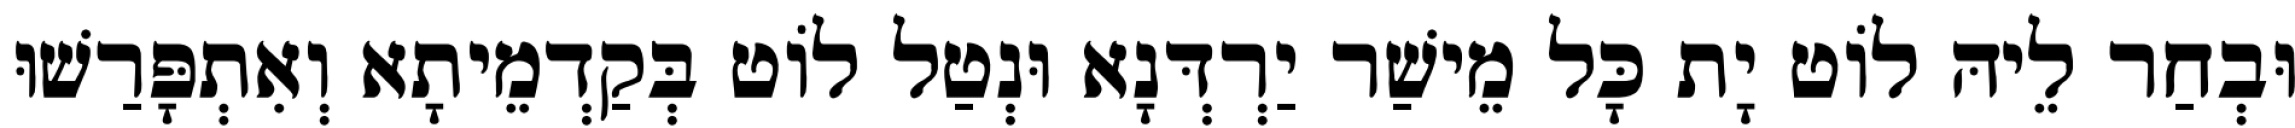
וּבְחַר לֵיהּ לוֹט יָת כָּל מֵישַׁר יַרְדְּנָא וּנְטַל לוֹט בְּקַדְמֵיתָא וְאִתְפָּרַשׁוּ